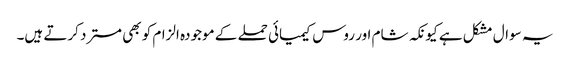
یہ سوال مشکل ہے کیونکہ شام اور روس کیمیائی حملے کے موجودہ الزام کو بھی مسترد کرتے ہیں۔